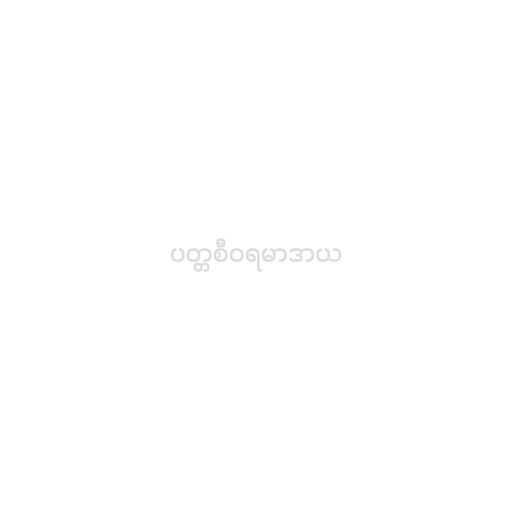
ပတ္တစီဝရမာဒာယ